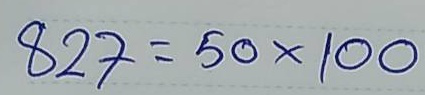
827 = 50x100